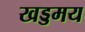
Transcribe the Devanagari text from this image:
खड्डमय